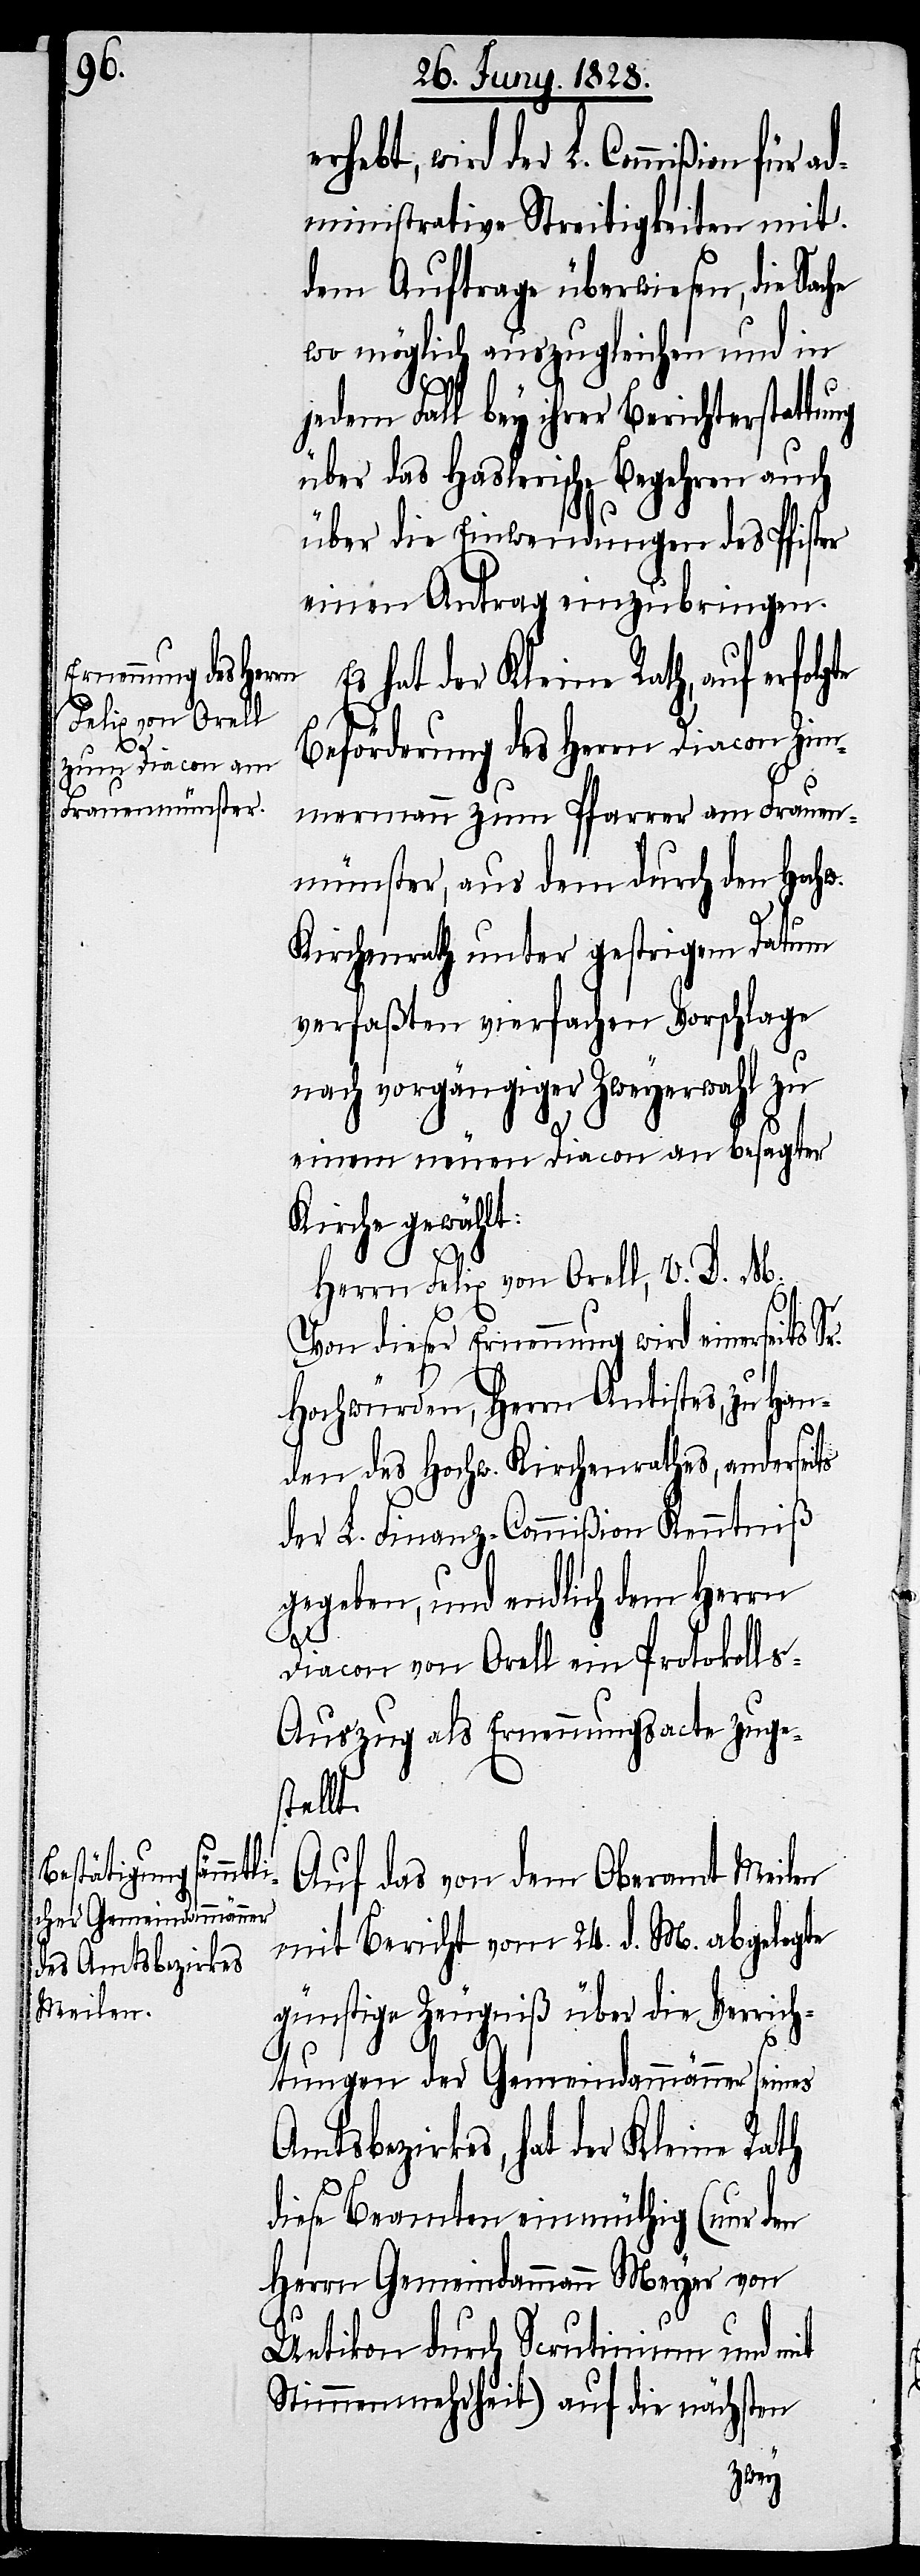
erhebt, wird der L. Commißion für
administrative Streitigkeiten mit
dem Auftrage überwiesen, die Sac¬
wo möglich auszugleichen und in
jedem Fall bey ihrer Berichterstattu¬
über das Haslerische Begehren auch
über die Einwendungen des Pfister
einen Antrag einzubringen.
hat der Kleine Rath, auf erfol¬
Beförderung des Herrn Diacon Zim¬
mermann zum Pfarrer am Frauen¬
münster, aus dem durch den Hoch¬
w.
Kirchenrath unter gestrigem Datum
verfaßten vierfachen Vorschlage
nach vorgängiger Zweyerwahl zu
einem neuen Diacon an besagter
Kirche gewählt:
h,
Herrn Felix von Orell, V. D. M.
Von dieser Ernennung wird einerseits
Hochwürden, Herrn Antistes, zu Han¬
den des Hochw. Kirchenrathes, anderseits
der L. Finanz-Commißion Kenntniß
gegeben, und endlich dem Herrn
Diacon von Orell ein Protokoll¬
s-Auszug als Ernennungsacte zuges¬
tellt.
Auf das von dem Oberamt Meilen
mit Bericht vom 24. d. M. abgelegte
günstige Zeugniß über die Verrich¬
tungen der Gemeindammänner seines
Amtsbezirkes, hat der Kleine Rat¬
diese Beamten einmüthig (nur den
Herrn Gemeindammann Meyer von
Uetikon durch Scrutinium und mit
Stimmenmehrheit) auf die nächsten